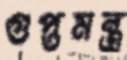
গুপ্তমন্ত্র